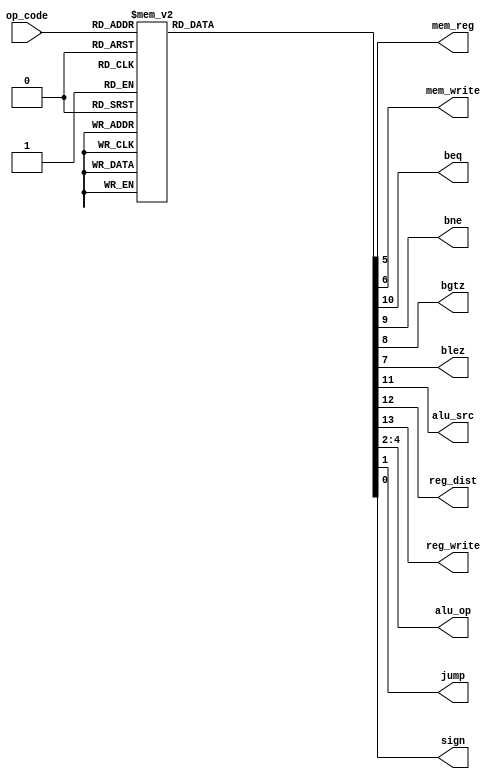
`timescale 1ns / 1ps
//////////////////////////////////////////////////////////////////////////////////
// Company: 
// Engineer: 
// 
// Design Name: 
// Module Name: MAIN_DECODER
// Project Name: 
// Target Devices: 
// Tool Versions: 
// Description: 
// 
// Dependencies: 
// 
// Revision:
// Revision 0.01 - File Created
// Additional Comments:
// 
//////////////////////////////////////////////////////////////////////////////////


module MAIN_DECODER(
    input [5:0] op_code,
    output mem_reg,
    output mem_write,
    output beq,bne,bgtz,blez,
    output alu_src,
    output reg_dist,
    output reg_write,
    output [2:0] alu_op,
    output jump,
    output sign
    );
    reg [13:0] controls;
    assign {reg_write, reg_dist, alu_src, beq, bne,bgtz,blez, mem_write, mem_reg, alu_op, jump, sign}=controls;

    always@(*)
    case(op_code)
        6'b000000:controls<=14'b110_0000_00_010_00; //R-type
        6'b100011:controls<=14'b101_0000_01_000_00; //lw
        6'b101011:controls<=14'b001_0000_10_000_00; //sw
        6'b000100:controls<=14'b000_1000_00_001_00; //beq
        6'b000101:controls<=14'b000_0100_00_001_00; //bne
        6'b000111:controls<=14'b000_0010_00_001_00; //bgtz
        6'b000110:controls<=14'b000_0001_00_001_00; //blez

        6'b001000:controls<=14'b101_0000_00_000_00; //addi
        6'b001001:controls<=14'b101_0000_00_000_01; //addiu
        6'b001101:controls<=14'b101_0000_00_010_01; //ori
        6'b001010:controls<=14'b101_0000_00_100_00; //slti
        6'b001011:controls<=14'b101_0000_00_100_01; //sltiu
        6'b001100:controls<=14'b101_0000_00_011_01; //andi
        6'b000010:controls<=14'b000_0000_00_000_10; //jump

        //add instr
        6'b001110:controls<=14'b101_0000_00_101_01; //xori

        default:  controls<=14'b000_0000_00_000_00; //nop
    endcase
endmodule